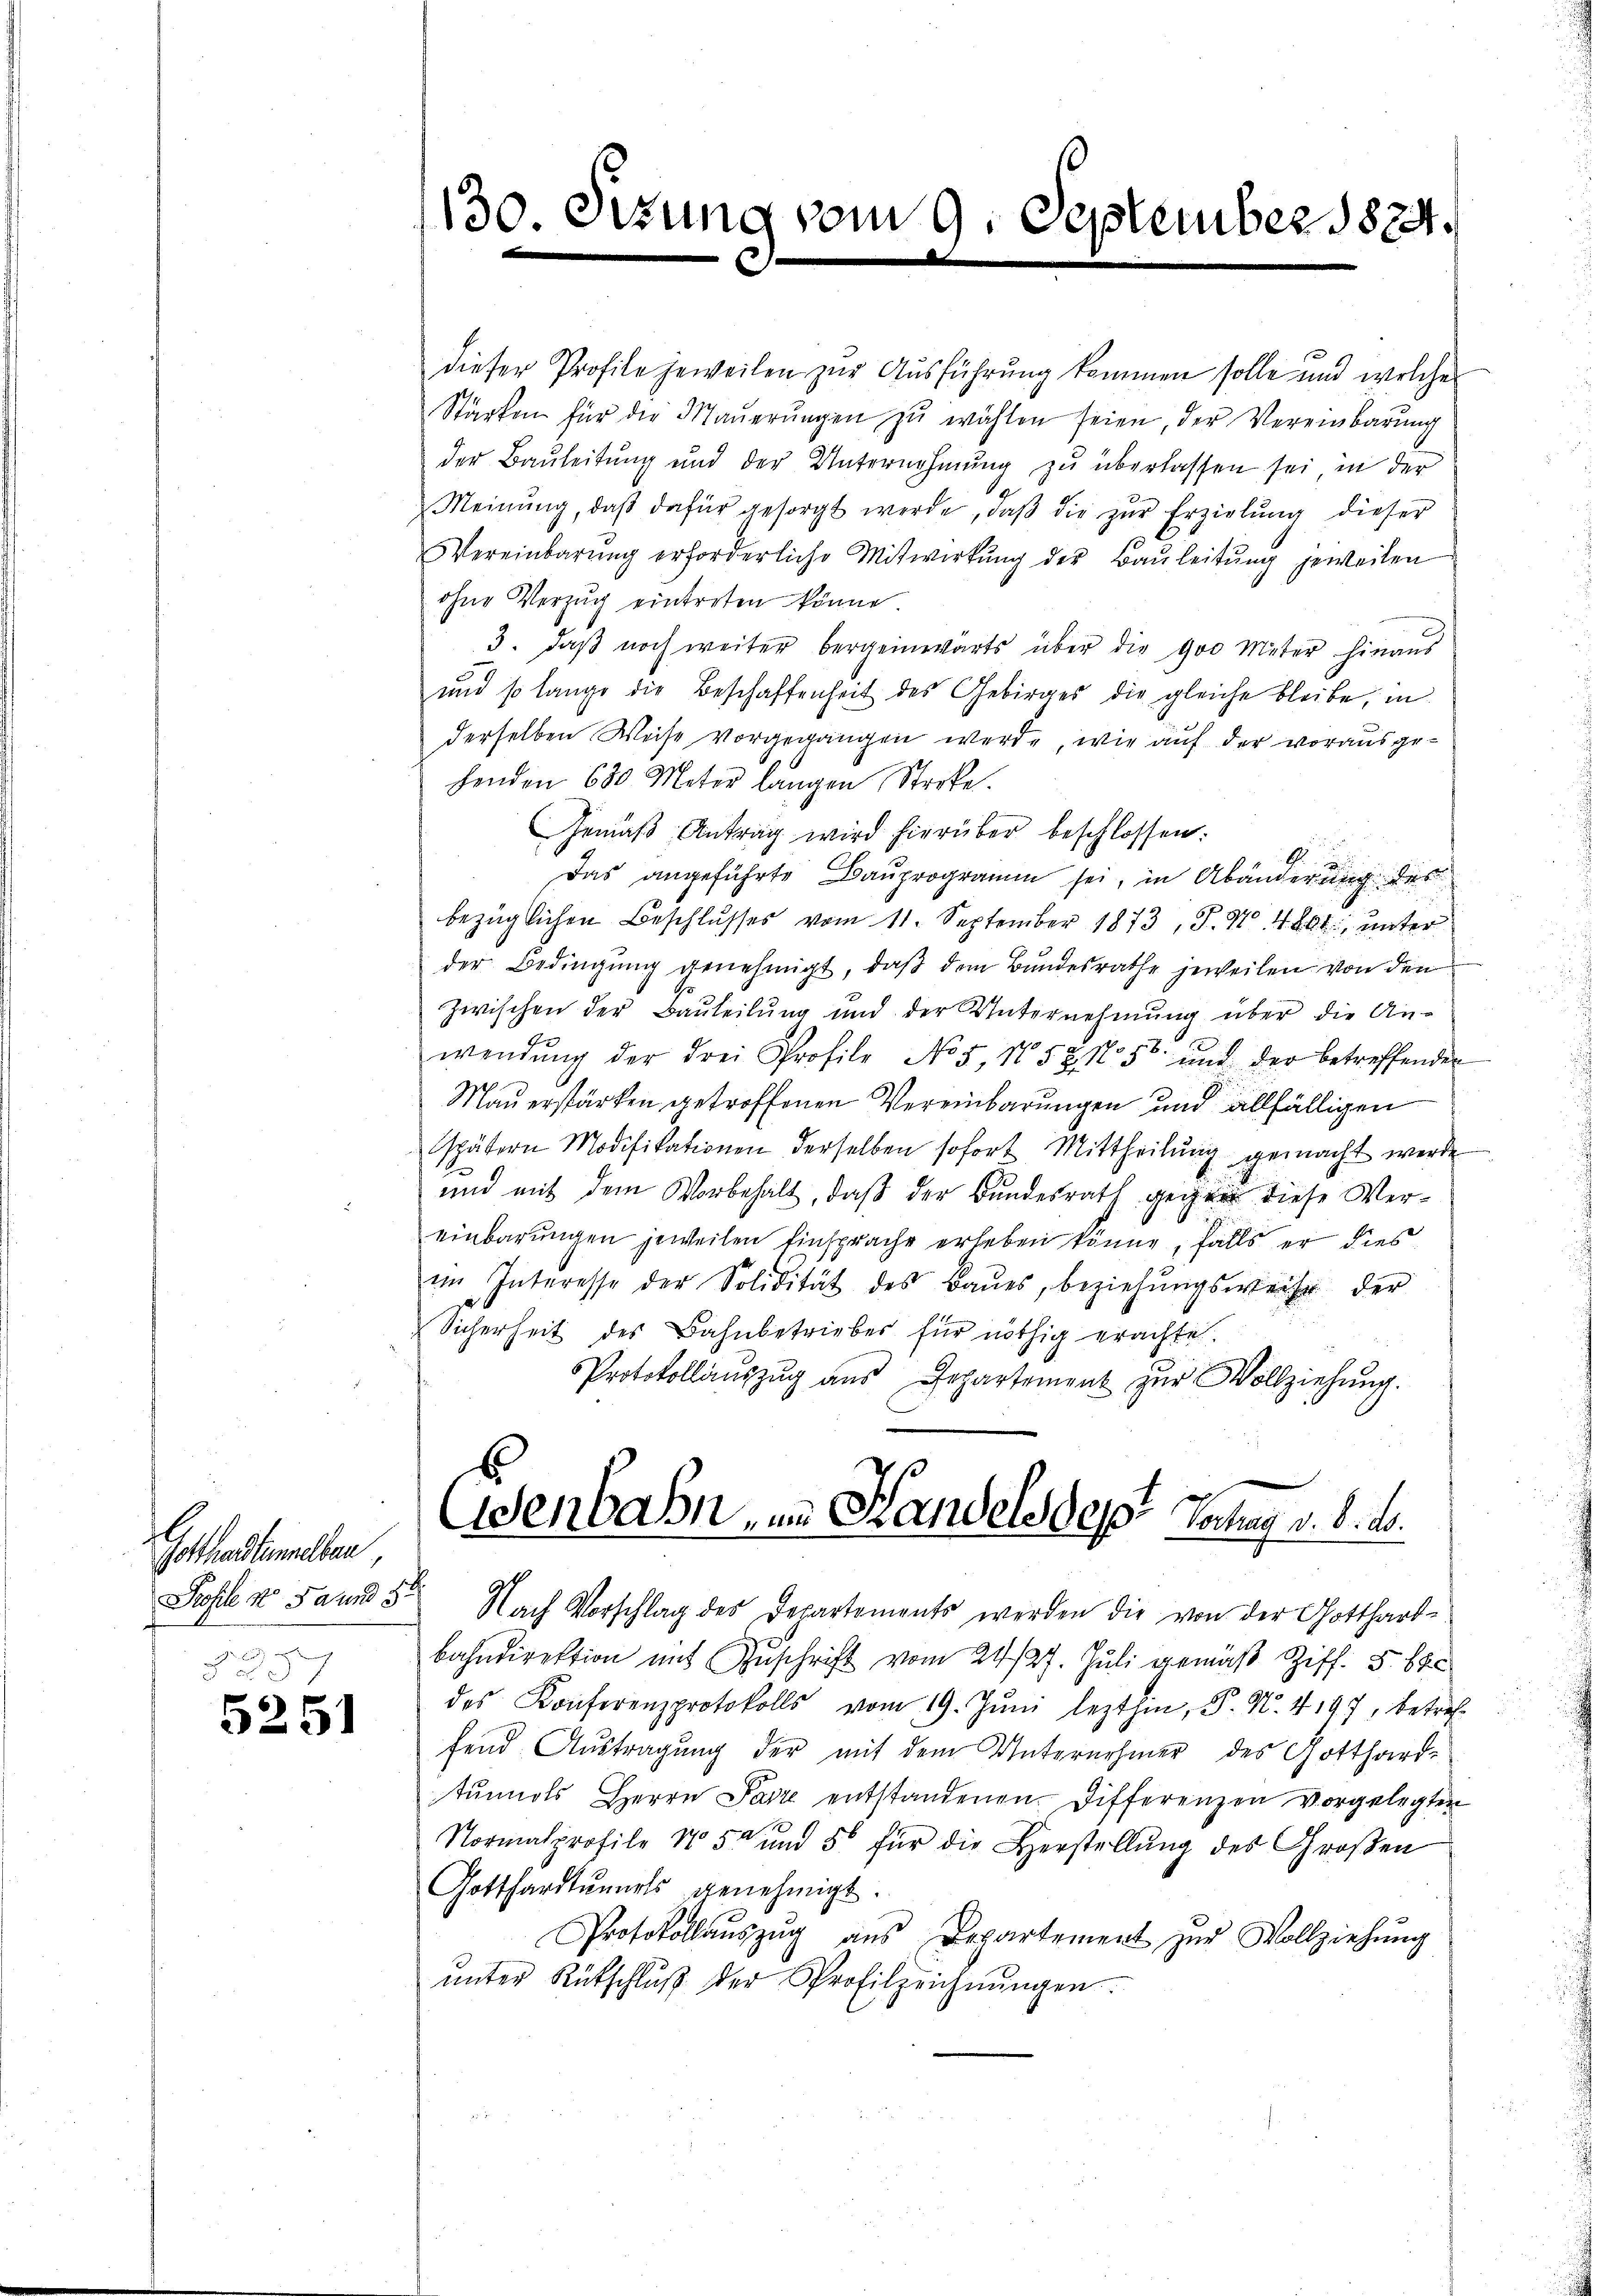
Gothandten eben
Pohle No 5 und 51

2 x 2
5251

130. Dezung vom 9. September 1874.

dieser Profile jeweilen zur Ausführung kommen solle und welche
Stärken für die Maŭerŭngen zŭ wählen seien, der Vereinbarŭng
der Bauleitung und der Unternehmung zu überlassen sei, in der
Meinŭng, daβ dafür gesorgt werde, daβ die zŭr Erzielung dieser
Vereinbarŭng erforderliche Mitwirkŭng der Baŭleitŭng jeweilen
ohne Verzug eintreten könne.
3. daβ noch weiter bergeinwärts über die 900 Meter hinaŭs
und so lange die Beschaffenheit des Gebirges die gleiche bleibe, in
derselben Weise vorgegangen werde, wie auf der vorausgehenden 680 Meter langen Stecke.
Gemäβ Antrag wird hierüber beschlossen:
Das angeführte Bauprogramm sei, in Abänderung des
bezüglichen Beschlusses vom 11. September 1873, S. N. 4861, unter
der Bedingung genehmigt, daß dem Bundesrathe jeweilen von den
zwischen der Bauteilung und der Unternehmung über die An-
wendŭng der drei Profile No 5. No. 52 No 50 und der betreffenden
Mauerstärken getroffenen Vereinbarungen und allfälligen
spätern Modifikationen derselben sofort Mittheilŭng gemacht werde
und mit dem Vorbehalt, daß der Bundesrath gegen diese Vereinbarungen jeweilen Einsprache erleben könne, falls er dies
im Interesse der Solidität des Baues, beziehŭngsweise der
Sicherheit des Bahnbetriebes für nöthig erachte.
Protokollaŭszŭg aŭs Departement zŭr Vollziehŭng.
Eisenbahn, im Handels des Instag v. 6. d.
Nach Vorschlag des Departements werden die von der Gotthartbahndirektion mit Zuschrift vom 24. 127. Juli gemäß Ziff. 562
des Konferenzprotokoll vom 19. Jŭni lezthin, P. N. 4197, betref-
fend Austragung der mit dem Unternehmer des Gotthard-
tŭnals Herrn Parze entstandenen Differenzen vorgelegten
Normalprofile 15 und 50 für die Herstellŭng des Großen
Gotthardtunnels genehmigt.
Protokollaŭszŭg aŭs Departement zŭr Vollziehŭng
ŭnter Rütschlŭβ der Profilzeichnŭngen.